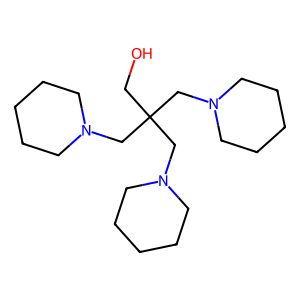
SMILES: OCC(CN1CCCCC1)(CN1CCCCC1)CN1CCCCC1
Inhibits HIV replication: No